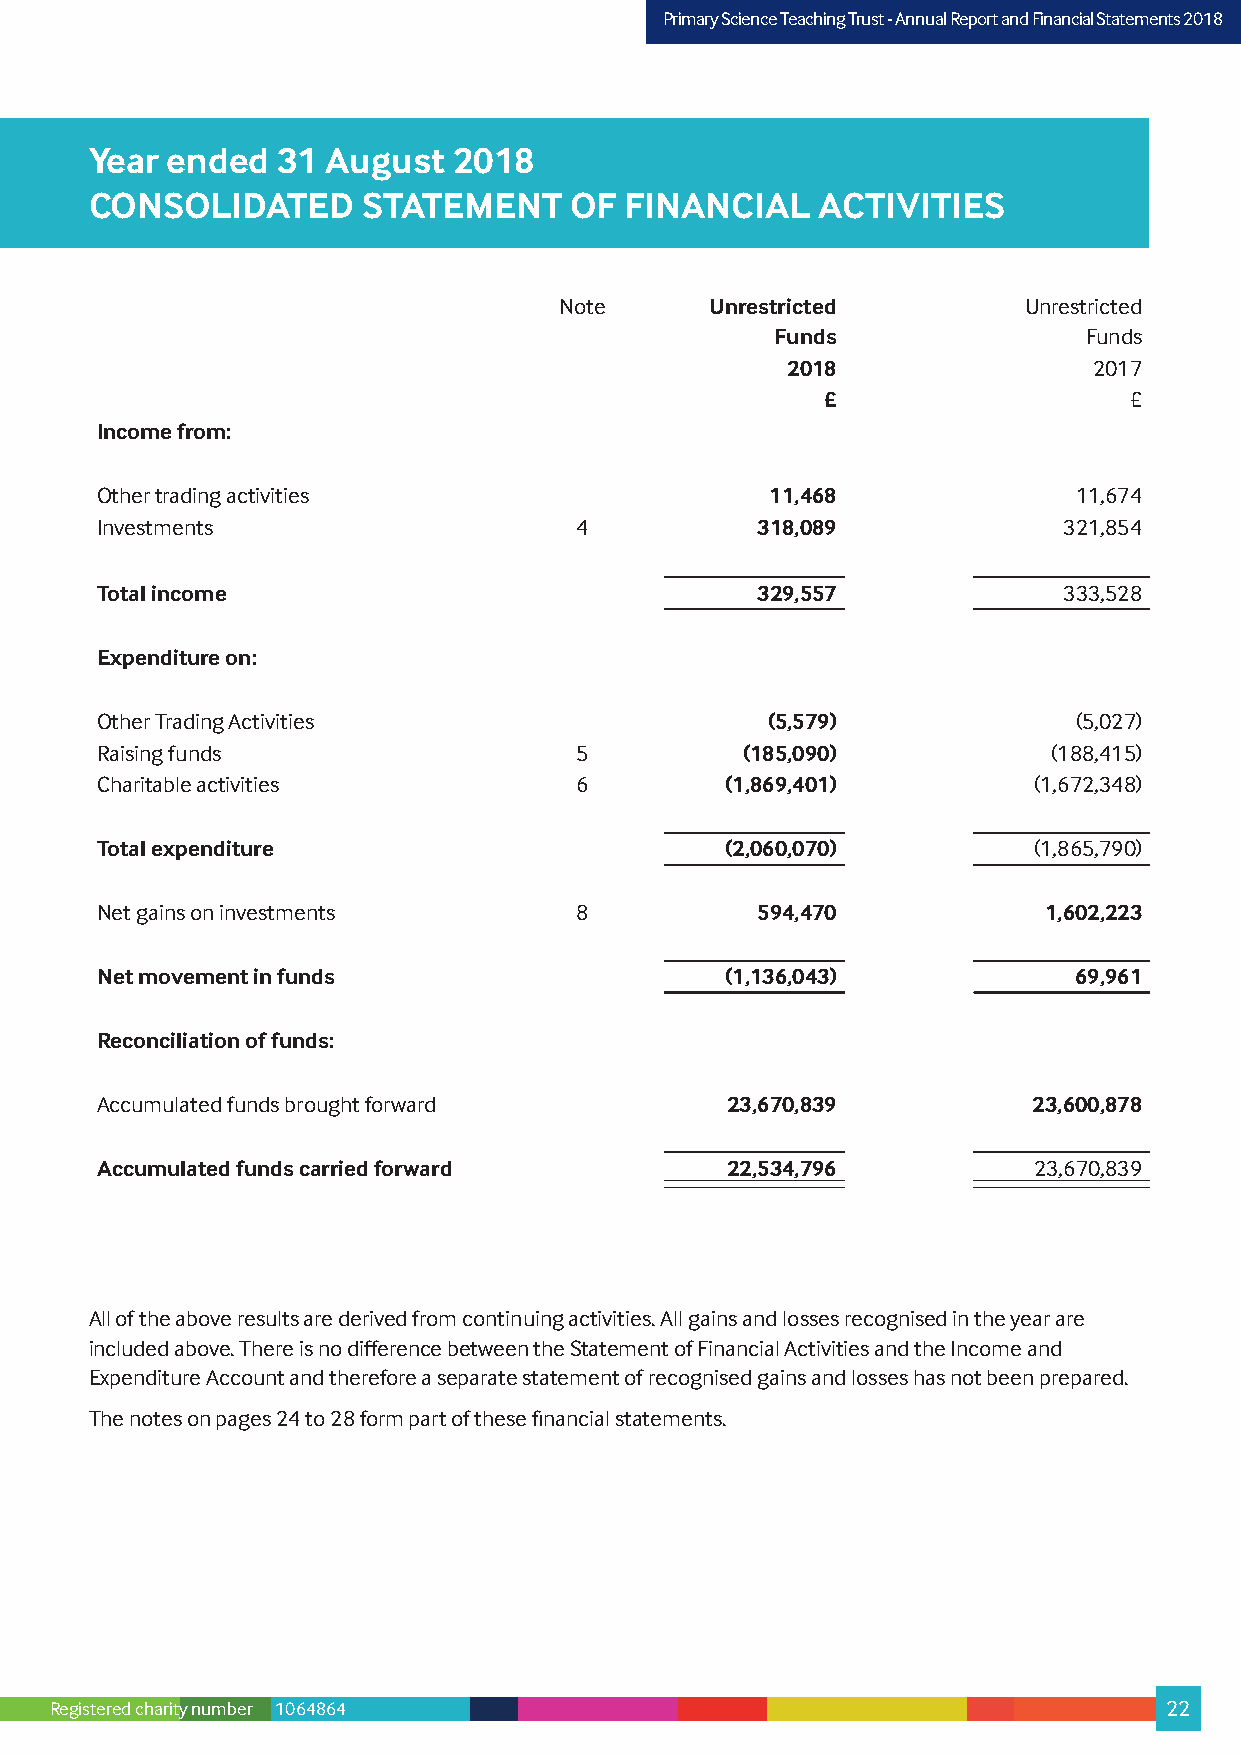
PPrriimmaarryy SScciieennccee TTeeaacchhiinngg TTrruusstt –- AAnnnnuuaall RReeppoorrtt aanndd FFiinnaanncciiaall SSttaatteemmeennttss 22001178
 Year ended  31  August  2018
 CONSOLIDATED      STATEMENT     OF FINANCIAL    ACTIVITIES
 Note      Unrestricted         Unrestricted
 Funds                Funds
 2018                2017
 £                   £
 Income from:
 Other trading activities                     11,468              11,674
 Investments                     4           318,089             321,854
 Total income                                329,557             333,528
 Expenditure on:
 Other Trading Activities                     (5,579)             (5,027)
 Raising funds                   5          (185,090)            (188,415)
 Charitable activities           6         (1,869,401)         (1,672,348)
 Total expenditure                         (2,060,070)         (1,865,790)
 Net gains on investments        8           594,470            1,602,223
 Net movement in funds                     (1,136,043)            69,961
 Reconciliation of funds:
 Accumulated funds brought forward         23,670,839          23,600,878
 Accumulated funds carried forward         22,534,796          23,670,839
 All of the above results are derived from continuing activities. All gains and losses recognised in the year are
 included above. There is no difference between the Statement of Financial Activities and the Income and
 Expenditure Account and therefore a separate statement of recognised gains and losses has not been prepared.
 The notes on pages 24 to 28 form part of these financial statements.
 Registered charity number 1064864                                         22